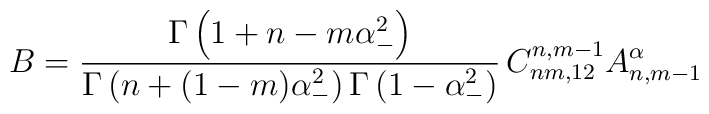
B=\frac{\Gamma \left(1+n-m\alpha _{-}^{2} \right)}{\Gamma \left(n+(1-m)\alpha _{-}^{2} \right)\Gamma\left(1-\alpha _{-}^{2} \right)}\,C_{nm,12}^{n,m-1}A_{n,m-1}^{\alpha}